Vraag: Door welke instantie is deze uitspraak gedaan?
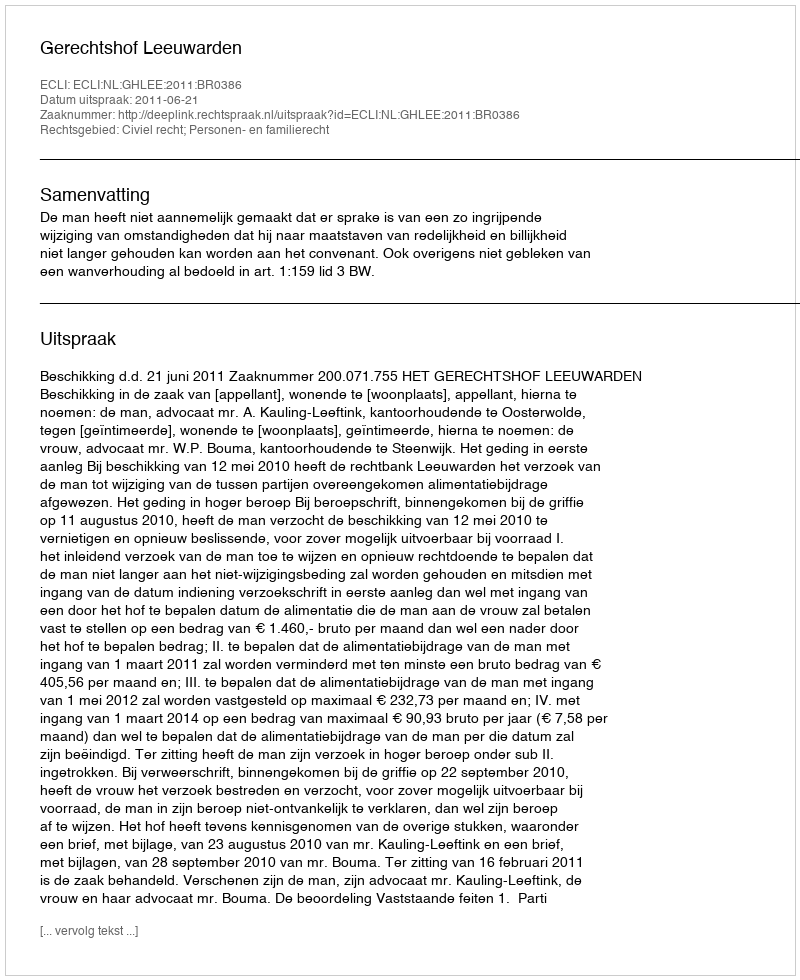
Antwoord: Gerechtshof Leeuwarden